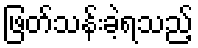
ဖြတ်သန်းခဲ့ရသည့်